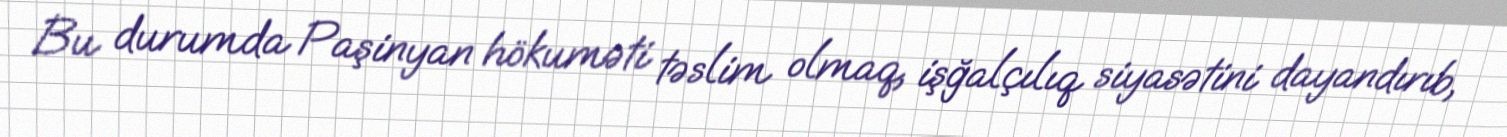
Bu durumda Paşinyan hökuməti təslim olmaq, işğalçılıq siyasətini dayandırıb,